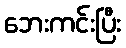
ဘေးကင်းပြီး